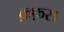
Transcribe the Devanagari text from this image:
क़फ़स